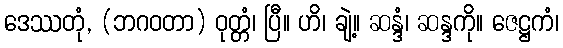
ဒေဿတုံ, (ဘဂဝတာ) ဝုတ္တံ၊ ပြီ။ ဟိ၊ ချဲ့။ ဆန္ဒံ၊ ဆန္ဒကို။ ဇေဋ္ဌကံ၊